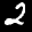
Label: 2